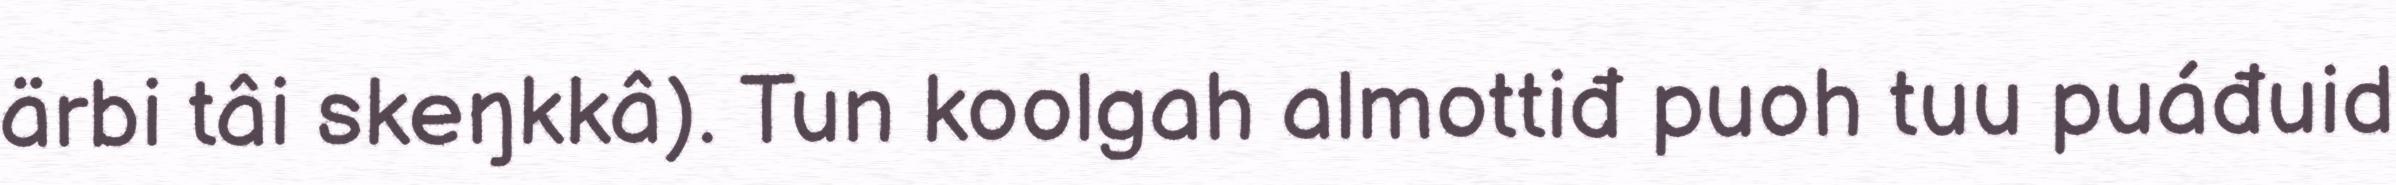
ärbi tâi skeŋkkâ). Tun koolgah almottiđ puoh tuu puáđuid